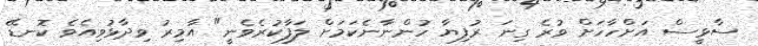
ސާޅީސް އަށްހާހަށް ވުރެ ގިނަ ރުފިޔާ ހުންނާނެކަމަށް ލަފާކުރެވެނީ" އާމިރު ވިދާޅުވިއެެވެ ކޮނޑޭ